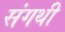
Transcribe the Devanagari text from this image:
संगथी